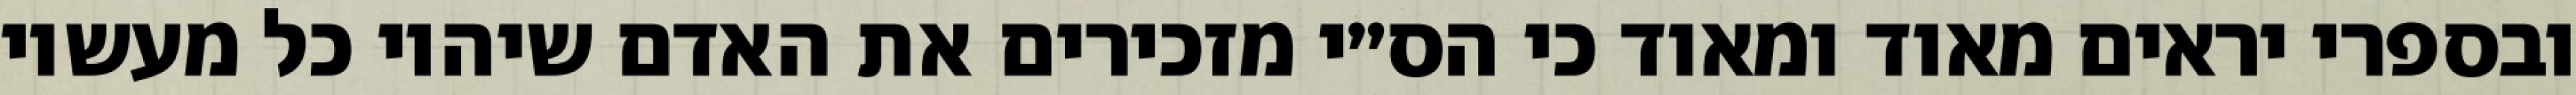
ובספרי יראים מאוד ומאוד כי הס״י מזכירים את האדם שיהיו כל מעשיו